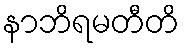
နာဘိရမတီတိ